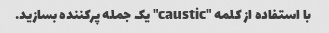
با استفاده از کلمه "caustic" یک جمله پرکننده بسازید.